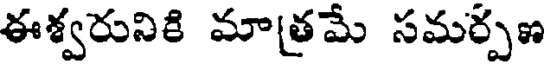
ఈశ్వరునికి మాత్రమే సమర్పణ